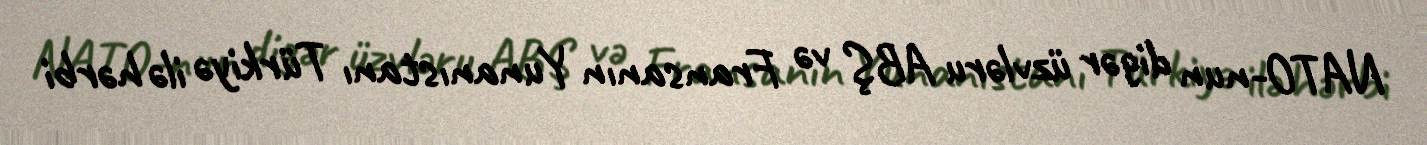
NATO-nun digər üzvləru ABŞ və Fransanın Yunanıstanı Türkiyə ilə hərbi